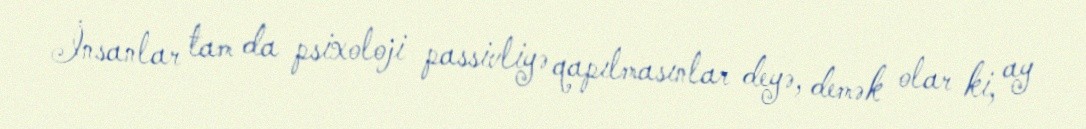
İnsanlar tam da psixoloji passivliyə qapılmasınlar deyə, demək olar ki, ay